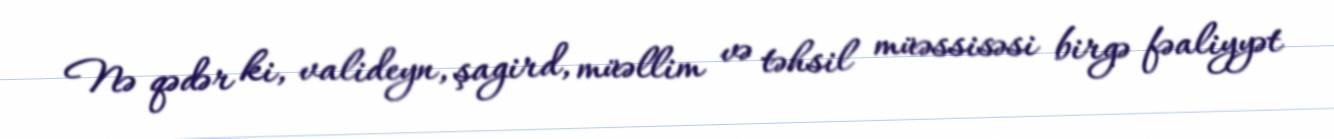
Nə qədər ki, valideyn, şagird, müəllim və təhsil müəssisəsi birgə fəaliyyət